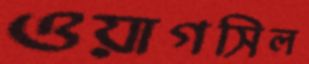
ওয়াগসিল